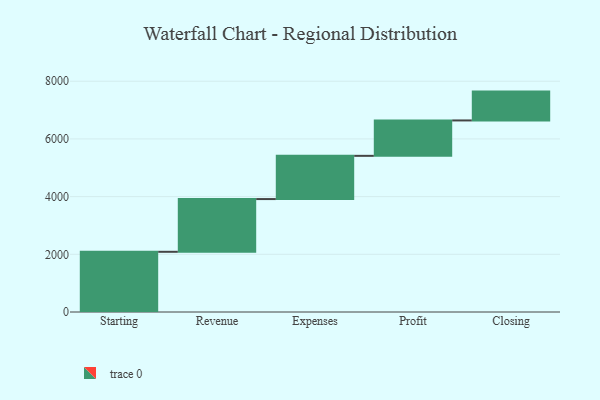
{"axis": {"x": "Step", "y": "Value"}, "legend": [""], "data": [{"x": "Starting", "y": 2087.0, "type": ""}, {"x": "Revenue", "y": 1828.0, "type": ""}, {"x": "Expenses", "y": 1499.0, "type": ""}, {"x": "Profit", "y": 1227.0, "type": ""}, {"x": "Closing", "y": 1000, "type": ""}]}